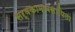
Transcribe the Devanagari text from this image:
सर्वकामावसायिता